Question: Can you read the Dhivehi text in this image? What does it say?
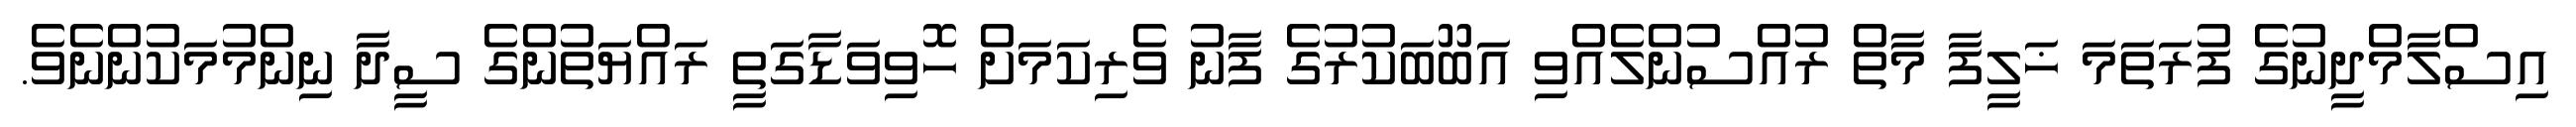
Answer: އިސްލާމްދީނުގެ ފުރަތަމަ ޚަލީފާ މާތް ރުއްސުންލެއްވި އަބޫބަކުރުގެ ފާނު ވެރިކަމަށް ހޮވިވަޑާގަތީ ރައްޔަތުންގެ ސީދާ ނިންމުމަކުންނެވެ.